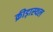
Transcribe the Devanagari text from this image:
क्रीड़ास्‍थल